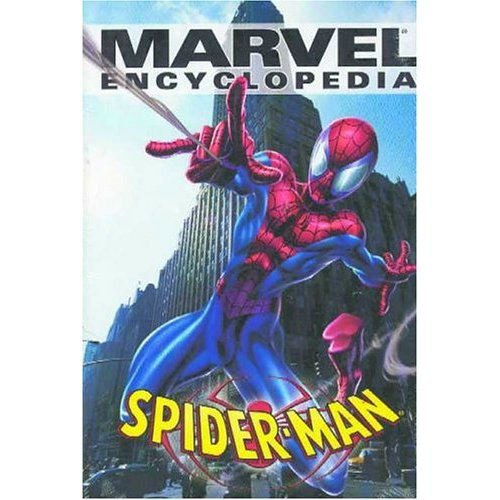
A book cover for Marvel Encyclopedia Volume 4: Spider-Man HC (v. 4); Kit Kiefer; Humor & Entertainment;